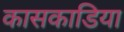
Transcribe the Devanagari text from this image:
कासकाडिया